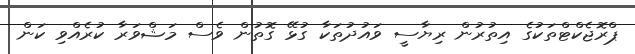
ޕްރޮޖެކްޓްތަކުގެ އިތުރުން ރިޔާސީ ވައުދުތަކާ ގުޅޭ ގޮތުން ވެސް މަޝްވަރާ ކުރެއްވި ކަން